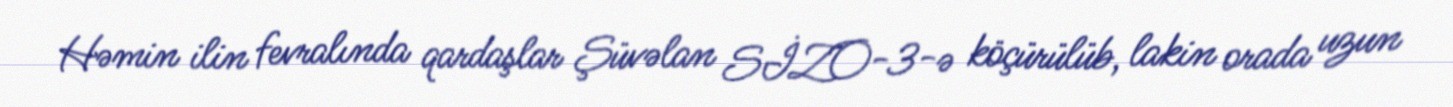
Həmin ilin fevralında qardaşlar Şüvəlan SİZO-3-ə köçürülüb, lakin orada uzun